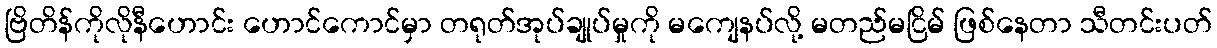
ဗြိတိန်ကိုလိုနီဟောင်း ဟောင်ကောင်မှာ တရုတ်အုပ်ချုပ်မှုကို မကျေနပ်လို့ မတည်မငြိမ် ဖြစ်နေတာ သီတင်းပတ်